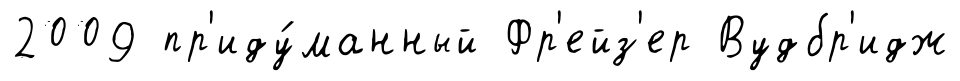
2009 пр'иду́манный Фр'ейз'ер Вудбр'идж